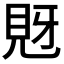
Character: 𧠖